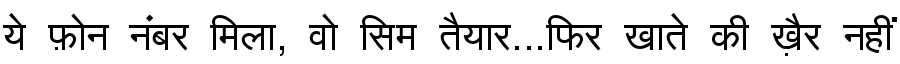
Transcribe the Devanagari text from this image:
ये फ़ोन नंबर मिला, वो सिम तैयार...फिर खाते की ख़ैर नहीं